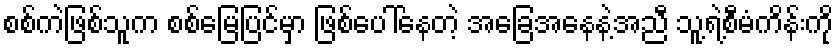
စစ်ကဲဖြစ်သူက စစ်မြေပြင်မှာ ဖြစ်ပေါ်နေတဲ့ အခြေအနေနဲ့အညီ သူ့ရဲ့စီမံကိန်းကို